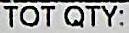
TOT QTY: